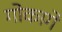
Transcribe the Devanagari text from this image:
गोकागे